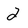
Character: 2